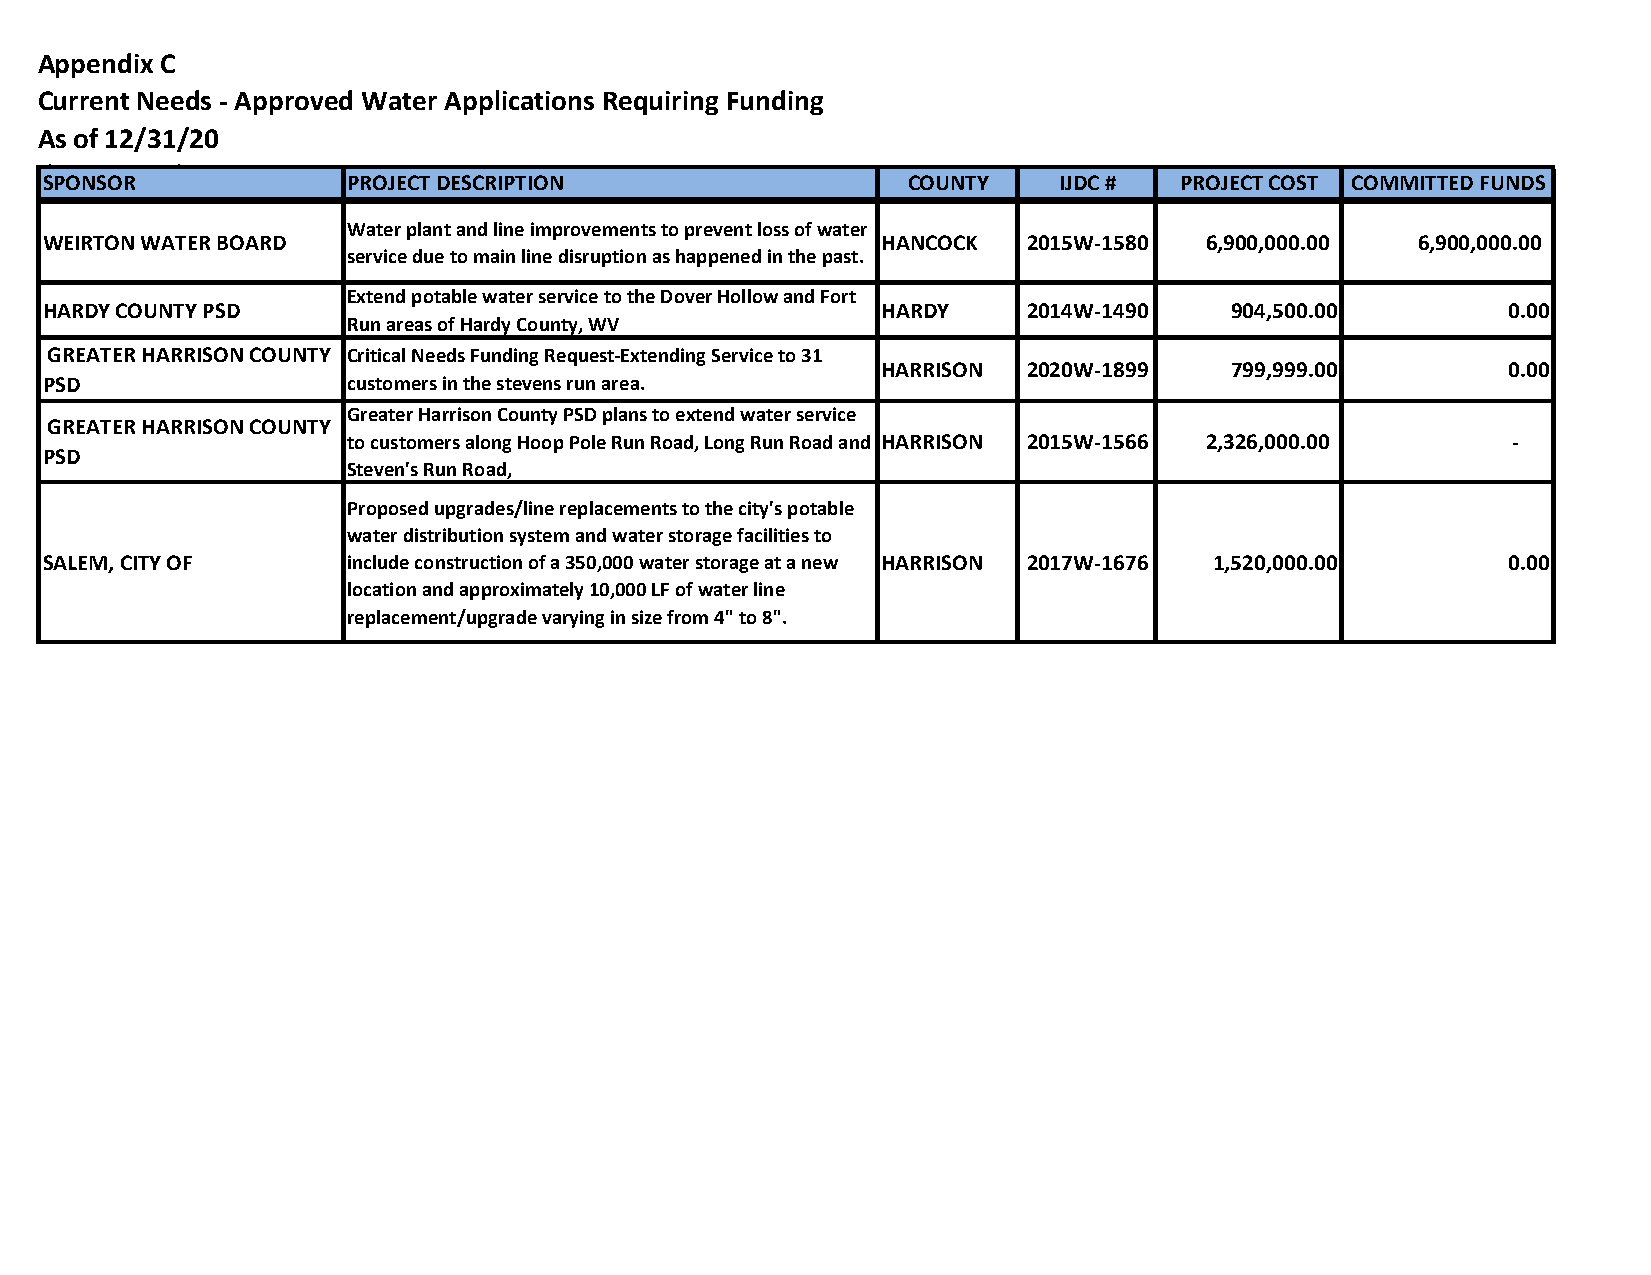
Appendix C
 Current Needs - Approved Water Applications Requiring Funding
 As of 12/31/20
 (By County)
 SPONSOR             PROJECT DESCRIPTION                  COUNTY    IJDC #  PROJECT COST COMMITTED FUNDS
 Water plant and line improvements to prevent loss of water
 WEIRTON WATER BOARD                                    HANCOCK   2015W-1580  6 ,900,000.00 6 ,900,000.00
 service due to main line disruption as happened in the past.
 Extend potable water service to the Dover Hollow and Fort
 HARDY COUNTY PSD                                       HARDY     2014W-1490   904,500.00         0.00
 Run areas of Hardy County, WV
 GREATER HARRISON COUNTY Critical Needs Funding Request-Extending Service to 31
 HARRISON  2020W-1899   799,999.00         0.00
 PSD                 customers in the stevens run area.
 Greater Harrison County PSD plans to extend water service
 GREATER HARRISON COUNTY
 to customers along Hoop Pole Run Road, Long Run Road and HARRISON 2015W-1566 2 ,326,000.00 -
 PSD
 Steven's Run Road,
 Proposed upgrades/line replacements to the city's potable
 water distribution system and water storage facilities to
 SALEM, CITY OF      include construction of a 350,000 water storage at a new HARRISON 2017W-1676 1,520,000.00 0.00
 location and approximately 10,000 LF of water line
 replacement/upgrade varying in size from 4" to 8".